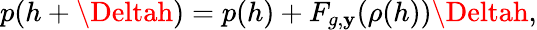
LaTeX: p(h+\Deltah)=p(h)+F_{g,\mathbf{y}}(\rho(h))\Deltah,